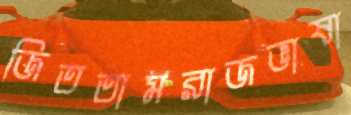
জিততামরাজভাষা